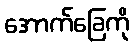
အောက်ခြေကို